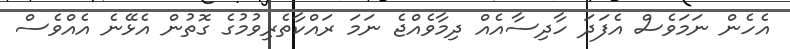
އެހެން ނަމަވެސް އެފަދަ ހާދިސާއެއް ދިމާވެއްޖެ ނަމަ ރައްކާތެރިވުމުގެ ގޮތުން އެޅޭނެ އެއްވެސް